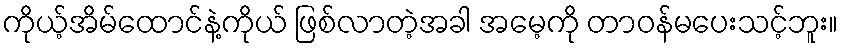
ကိုယ့်အိမ်ထောင်နဲ့ကိုယ် ဖြစ်လာတဲ့အခါ အမေ့ကို တာဝန်မပေးသင့်ဘူး။